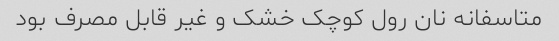
متاسفانه نان رول کوچک خشک و غیر قابل مصرف بود